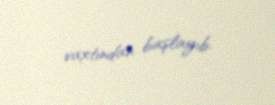
vaxtından başlayıb.